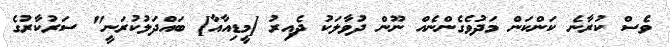
ވެސް ކުރާނެ ކަންކަން މަދުވެގެންނެއް ނޫން ދުވާލަކު ދެއިރު [މީޑިއާއާ] ބައްދަލުކުރަނީ" ސަރުކާރުގެ